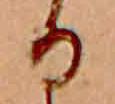
る